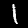
Digit: 1